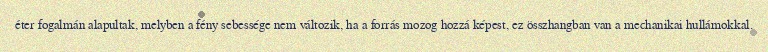
éter fogalmán alapultak, melyben a fény sebessége nem változik, ha a forrás mozog hozzá képest, ez összhangban van a mechanikai hullámokkal.